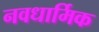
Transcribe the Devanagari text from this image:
नवधार्मिक